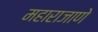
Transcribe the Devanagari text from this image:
महाराजाणे